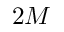
2 M